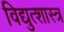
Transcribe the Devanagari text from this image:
विद्युत्शास्त्र